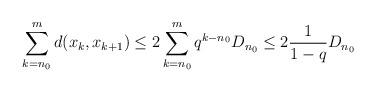
LaTeX: \begin{align*}\sum_{k=n_0}^{m}d(x_k,x_{k+1})\leq 2 \sum_{k=n_0}^{m} q^{k-n_0}D_{n_0} \leq 2 \frac{1}{1-q}D_{n_0}\end{align*}